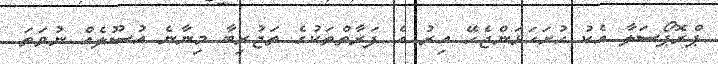
ޕްރޮޕޯސަލާ އެކު ހުށަހަޅަންޖެހޭ އިރު އެ ފަރާތްތަކުގެ ތަޖުރިބާ މިނާނެ އުސޫލެއް ނުވަތަ